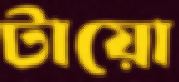
টায়ো